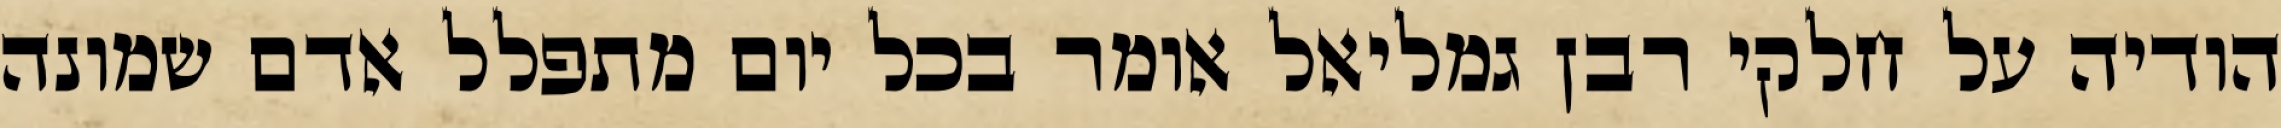
הודיה על חלקי רבן גמליאל אומר בכל יום מתפלל אדם שמונה